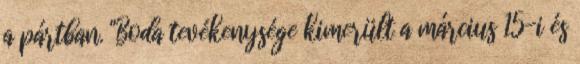
a pártban. "Boda tevékenysége kimerült a március 15-i és